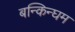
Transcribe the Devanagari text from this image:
बन्किन्घम